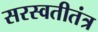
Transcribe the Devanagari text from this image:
सरस्वतीतंत्र